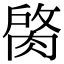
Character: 𦜑